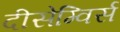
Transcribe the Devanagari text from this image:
दीसेम्विर्स